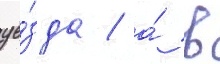
уе́зда / а́ в